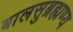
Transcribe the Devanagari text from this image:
बालसुब्रह्मण्य